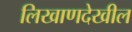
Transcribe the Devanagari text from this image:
लिखाणदेखील